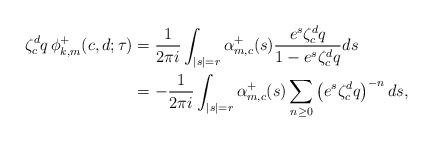
LaTeX: \begin{align*} \zeta_c^d q \, \phi_{k,m}^{+}(c,d;\tau) &= \frac{1}{2\pi i} \int_{|s|=r} \alpha^+_{m,c}(s) \frac{e^s \zeta_c^d q}{1-e^s \zeta_c^d q} ds \\ &= -\frac{1}{2\pi i} \int_{|s|=r} \alpha^+_{m,c}(s) \sum_{n\geq 0} \left(e^s \zeta_c^d q\right)^{-n} ds,\end{align*}